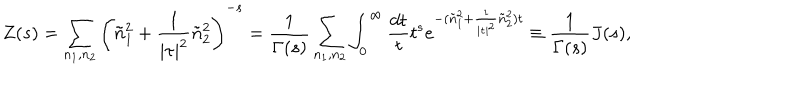
Z ( s ) = \sum _ { n _ { 1 } , n _ { 2 } } \left( \tilde { n } _ { 1 } ^ { 2 } + \frac { 1 } { | \tau | ^ { 2 } } \tilde { n } _ { 2 } ^ { 2 } \right) ^ { - s } = \frac { 1 } { \Gamma ( s ) } \sum _ { n _ { 1 } , n _ { 2 } } \int _ { 0 } ^ { \infty } \frac { d t } { t } t ^ { s } e ^ { - ( \tilde { n } _ { 1 } ^ { 2 } + \frac { 1 } { | \tau | ^ { 2 } } \tilde { n } _ { 2 } ^ { 2 } ) t } \equiv \frac { 1 } { \Gamma ( s ) } J ( s ) ,